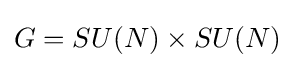
G=SU(N)\times SU(N)